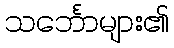
သင်္ဘောများ၏